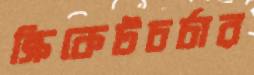
ক্রিকেটচর্চার